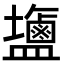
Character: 䀋